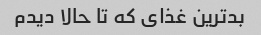
بد‌ترین غذای که تا حالا دیدم